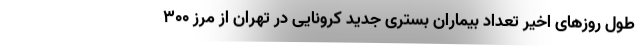
طول روزهای اخیر تعداد بیماران بستری جدید کرونایی در تهران از مرز ۳۰۰